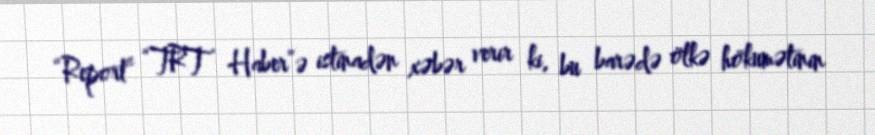
“Report” “TRT Haber”ə istinadən xəbər verir ki, bu barədə ölkə hökumətinin